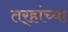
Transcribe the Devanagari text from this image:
तर्‍हांच्या